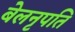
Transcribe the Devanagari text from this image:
बेलनृपति